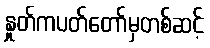
နှုတ်ကပတ်တော်မှတစ်ဆင့်